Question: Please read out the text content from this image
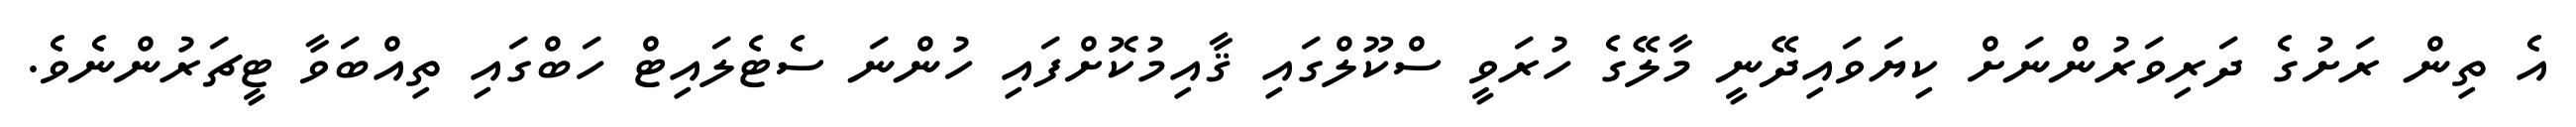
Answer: އެ ތިން ރަށުގެ ދަރިވަރުންނަށް ކިޔަވައިދޭނީ މާލޭގެ ހުރަވީ ސްކޫލްގައި ޤާއިމުކޮށްފައި ހުންނަ ސެޓެލައިޓް ހަބްގައި ތިއްބަވާ ޓީޗަރުންނެވެ.